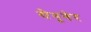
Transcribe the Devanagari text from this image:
सैगुगेर